Report of the Indian Hemp Drugs Commission, 1894-1895 - Volume II
Year: 1894
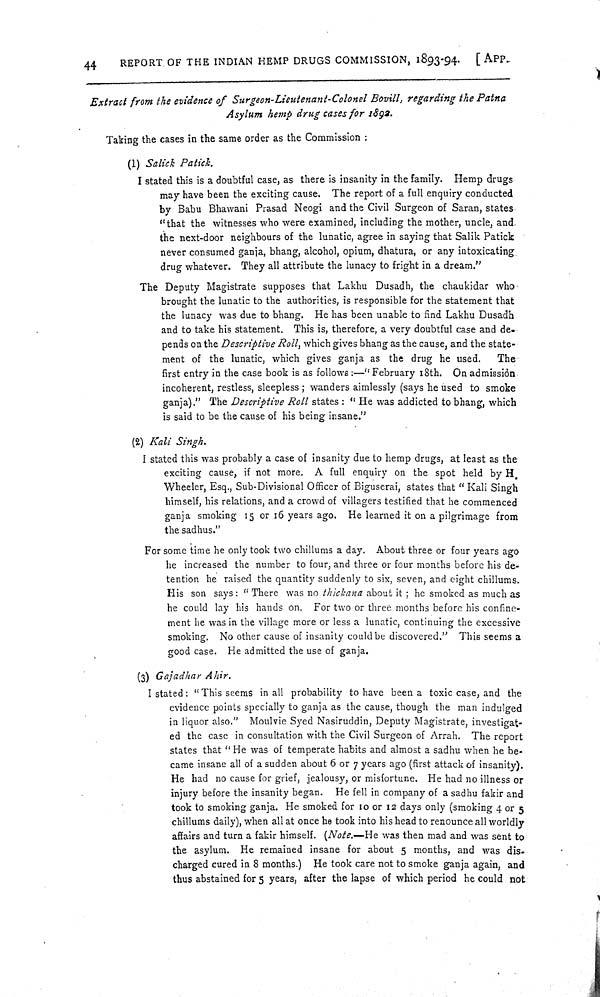
44
REPORT OF THE INDIAN HEMP DRUGS COMMISSION, 1893-94.
[APP.
Extract from the evidence of Surgeon-Lieutenant-Colonel Bovill, regarding the Patna
Asylum hemp drug cases for 1892.
Taking the cases in the same order as the Commission:
(1) Salick Patick.
I stated this is a doubtful case, as there is insanity in the family. Hemp drugs
may have been the exciting cause. The report of a full enquiry conducted
by Babu Bhawani Prasad Neogi and the Civil Surgeon of Saran, states
"that the witnesses who were examined, including the mother, uncle, and
the next-door neighbours of the lunatic, agree in saying that Salik Patick
never consumed ganja, bhang, alcohol, opium, dhatura, or any intoxicating
drug whatever. They all attribute the lunacy to fright in a dream."
The Deputy Magistrate supposes that Lakhu Dusadh, the chaukidar who
brought the lunatic to the authorities, is responsible for the statement that
the lunacy was due to bhang. He has been unable to find Lakhu Dusadh
and to take his statement. This is, therefore, a very doubtful case and de-
pends on the Descriptive Roll, which gives bhang as the cause, and the state-
ment of the lunatic, which gives ganja as the drug he used.
The
first entry in the case book is as follows:—"February 18th. On admission
incoherent, restless, sleepless; wanders aimlessly (says he used to smoke
ganja)." The Descriptive Roll states: "He was addicted to bhang, which
is said to be the cause of his being insane."
(2) Kali Singh.
I stated this was probably a case of insanity due to hemp drugs, at least as the
exciting cause, if not more. A full enquiry on the spot held by H
Wheeler, Esq., Sub-Divisional Officer of Biguserai, states that "Kali Singh
himself, his relations, and a crowd of villagers testified that he commenced
ganja smoking 15 or 16 years ago. He learned it on a pilgrimage from
the sadhus."
For some time he only took two chillums a day. About three or four years ago
he increased the number to four, and three or four months before his de-
tention he raised the quantity suddenly to six, seven, and eight chillums.
His son says: "There was no thickana about it; he smoked as much as
he could lay his hands on. For two or three months before his confine-
ment he was in the village more or less a lunatic, continuing the excessive
smoking. No other cause of insanity could be discovered." This seems a
good case. He admitted the use of ganja.
(3) Gajadhar Ahir.
I stated: "This seems in all probability to have been a toxic case, and the
evidence points specially to ganja as the cause, though the man indulged
in liquor also." Moulvie Syed Nasiruddin, Deputy Magistrate, investigat-
ed the case in consultation with the Civil Surgeon of Arrah. The report
states that "He was of temperate habits and almost a sadhu when he be-
came insane all of a sudden about 6 or 7 years ago (first attack of insanity).
He had no cause for grief, jealousy, or misfortune. He had no illness or
injury before the insanity began. He fell in company of a sadhu fakir and
took to smoking ganja. He smoked for 10 or 12 days only (smoking 4 or 5
chillums daily), when all at once he took into his head to renounce all worldly
affairs and turn a fakir himself. (Note.—He was then mad and was sent to
the asylum. He remained insane for about 5 months, and was dis-
charged cured in 8 months.) He took care not to smoke ganja again, and
thus abstained for 5 years, after the lapse of which period he could not